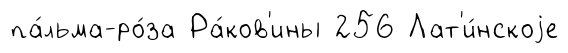
па́льма-ро́за Ра́ков'ины 256 Лат'и́нскоjе